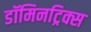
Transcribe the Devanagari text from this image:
डॉमिनट्रिक्स